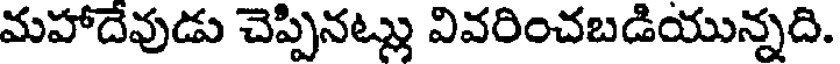
మహాదేవుడు చెప్పినట్లు వివరించబడియున్నది.